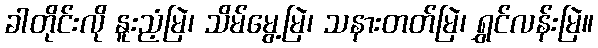
ခါတိုင်းလို နူးညံ့မြဲ၊ သိမ်မွေ့မြဲ၊ သနားတတ်မြဲ၊ ရွှင်လန်းမြဲ။